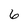
Character: 6